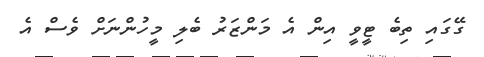
ގޭގައި ތިބެ ޓީވީ އިން އެ މަންޒަރު ބެލި މީހުންނަށް ވެސް އެ